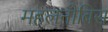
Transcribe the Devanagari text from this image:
महलनोबिस